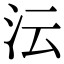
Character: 沄